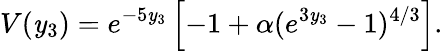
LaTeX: V(\mathit{y}_{3})=e^{-5\mathit{y}_{3}}\left[-1+\alpha(e^{3\mathit{y}_{3}}-1)^{4/3}\right].